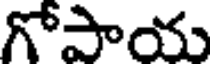
గోపాయ